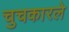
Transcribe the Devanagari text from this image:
चुचकारले